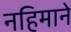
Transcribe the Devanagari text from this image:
नहिमाने